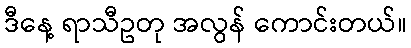
ဒီနေ့ ရာသီဥတု အလွန် ကောင်းတယ်။